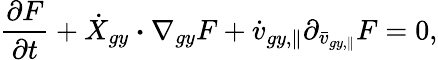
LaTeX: \frac{\partial F}{\partial t}+\dot{X}_{gy}\boldsymbol{\cdot}\nabla_{gy}F+\dot{v}_{gy,\parallel}\partial_{\bar{v}_{gy,\parallel}}F=0,